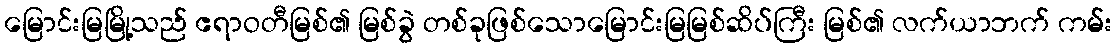
မြောင်းမြမြို့သည် ဧရာဝတီမြစ်၏ မြစ်ခွဲ တစ်ခုဖြစ်သောမြောင်းမြမြစ်ဆိပ်ကြီး မြစ်၏ လက်ယာဘက် ကမ်း